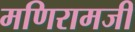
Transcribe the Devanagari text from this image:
मणिरामजी